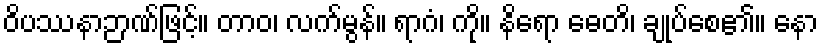
ဝိပဿနာဉာဏ်ဖြင့်။ တာဝ၊ လက်မွန်။ ရာဂံ၊ ကို။ နိရော ဓေတိ၊ ချုပ်စေ၏။ နော